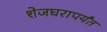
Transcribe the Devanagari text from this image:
शेजघरापर्यंत